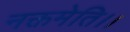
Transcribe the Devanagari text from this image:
नक्तमेति।।